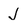
Character: J